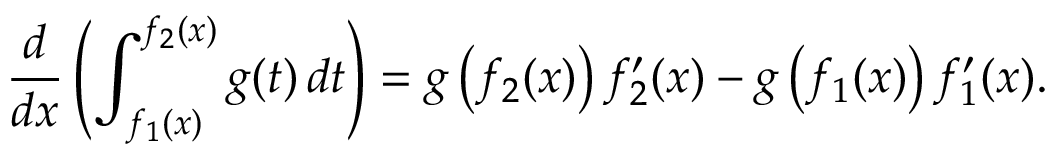
{ \frac { d } { d x } } \left( \int _ { f _ { 1 } ( x ) } ^ { f _ { 2 } ( x ) } g ( t ) \, d t \right) = g \left( f _ { 2 } ( x ) \right) { f _ { 2 } ^ { \prime } ( x ) } - g \left( f _ { 1 } ( x ) \right) { f _ { 1 } ^ { \prime } ( x ) } .